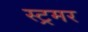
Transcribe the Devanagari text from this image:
स्ट्रमर